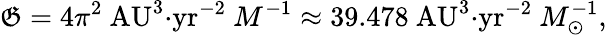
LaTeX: \mathfrak{G}=4\pi^{2}\mathrm{{{\ AU^{3}{\cdot}yr^{-2}}}}\ M^{-1}\approx39.478\mathrm{{{\ AU^{3}{\cdot}yr^{-2}}}}\ M_{\odot}^{-1},